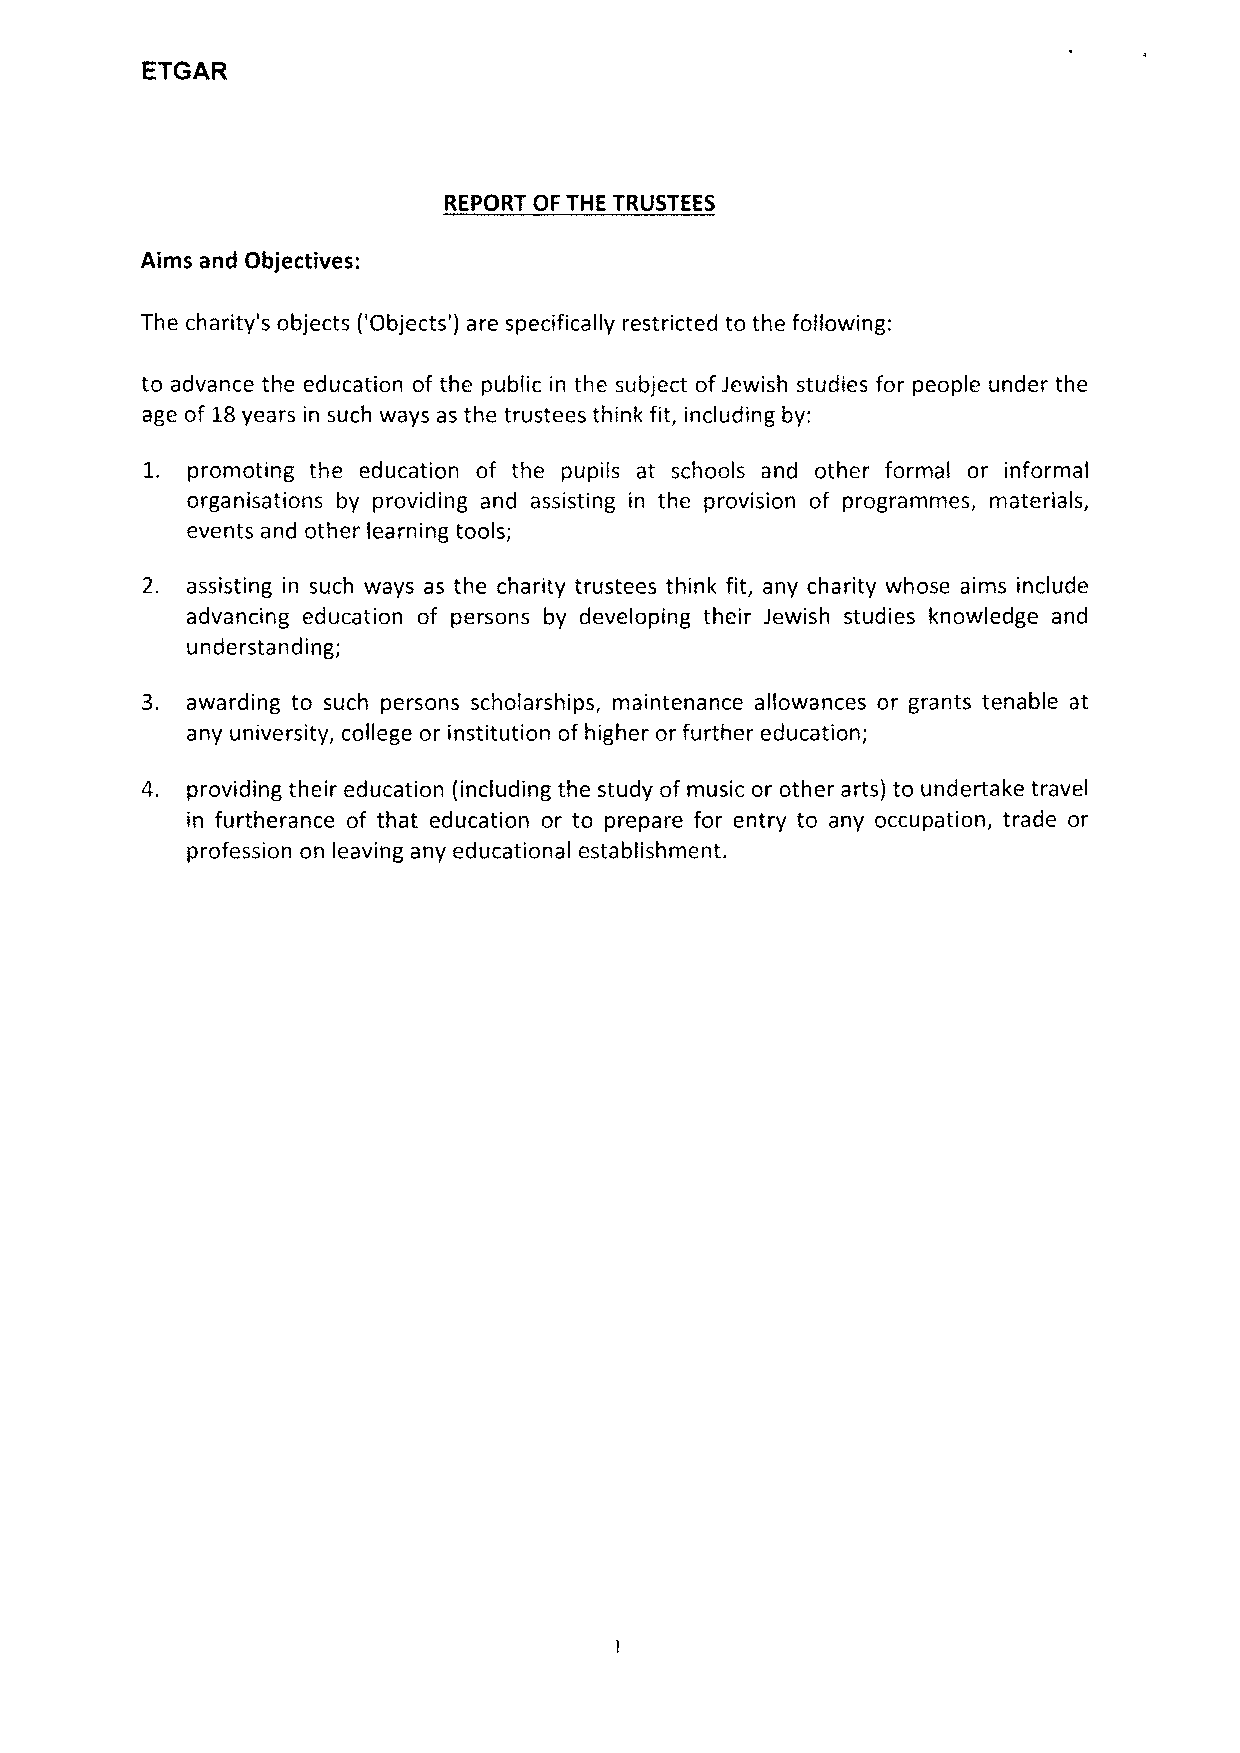
ETGAR
 REPORT OF THE TRUSTEES
 Aims and Objectives:
 The charity's objects ('Objects') are specifically restricted to the following:
 to advance the education of the public in the subject of Jewish studies for people under the
 age of 18years in such ways as the trustees think fit, including by:
 1. promoting the education of the pupils at schools and other formal or informal
 organisations by providing and assisting in the provision of programmes, materials,
 events and other learning tools;
 2. assisting in such ways as the charity trustees think fit, any charity whose aims include
 advancing education of persons by developing their Jewish studies knowledge and
 understanding;
 3. awarding to such persons scholarships, maintenance allowances or grants tenable at
 any university, college or institution of higher or further education;
 4. providing their education (including the study of music or other arts) to undertake travel
 in furtherance of that education or to prepare for entry to any occupation, trade or
 profession on leaving any educational establishment.